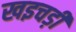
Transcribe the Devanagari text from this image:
खइचड़ी